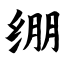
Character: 绷